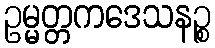
ဥမ္မတ္တကဒေသနဉ္စ